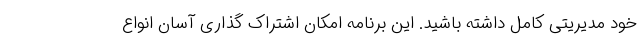
خود مدیریتی کامل داشته باشید. این برنامه امکان اشتراک گذاری آسان انواع